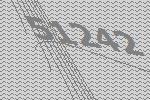
51242